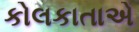
કોલકાતાએ